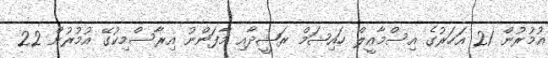
އުމުރުން 21 އަހަރުގެ އިސްމާއީލް ހައިޝަމް ރަޝީދާއި މާފަންނު އިރާސްމިކުގޭ އުމުރުން 22